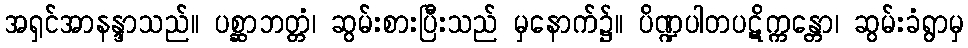
အရှင်အာနန္ဒာသည်။ ပစ္ဆာဘတ္တံ၊ ဆွမ်းစားပြီးသည် မှနောက်၌။ ပိဏ္ဍပါတပဋိက္ကန္တော၊ ဆွမ်းခံရွာမှ